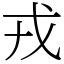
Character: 戎